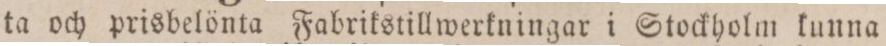
ta och prisbelönta Fabrikstillwerkningar i Stockholm kunna